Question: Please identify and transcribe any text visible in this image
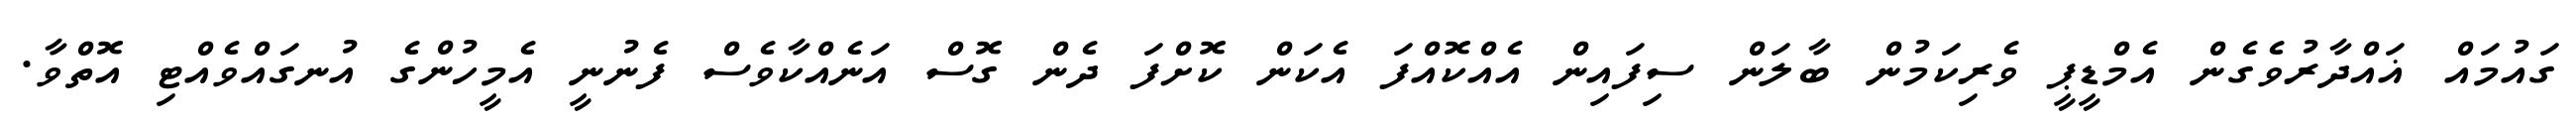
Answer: ގައުމައް ޣައްދާރުވެގެން އެމްޑީޕީ ވެރިކަމުން ބާލަން ސިފައިން އެއްކޮއްފަ އެކަން ކޮށްފަ ދެން ގޮސް އަނެއްކާވެސް ފެނުނީ އެމީހުންގެ އުނގައްވެއްޓި އޮތްވާ.